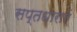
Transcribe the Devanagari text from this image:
सप्तधाराएं